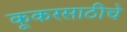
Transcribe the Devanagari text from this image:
कूकरसाठीचे